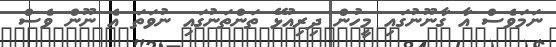
ނަމަވެސް އާ ގާނޫނުގައި މީހުން ދިރިއުޅޭ ތަންތަނުގައި ނުވަތަ އެ ނޫން ވެސް